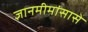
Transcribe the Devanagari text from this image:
ज्ञानमीमांसासे